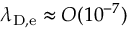
\lambda _ { \mathrm { D , e } } \approx \uppercase { O } ( 1 0 ^ { - 7 } )